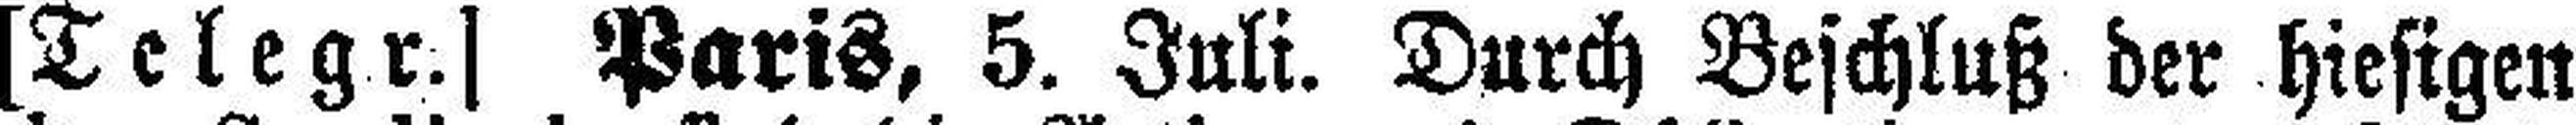
[Telegr.] Paris, 5. Juli. Durch Beschluß der hiesigen